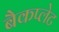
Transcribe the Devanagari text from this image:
बैकप्लेट